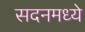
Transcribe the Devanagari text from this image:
सदनमध्ये